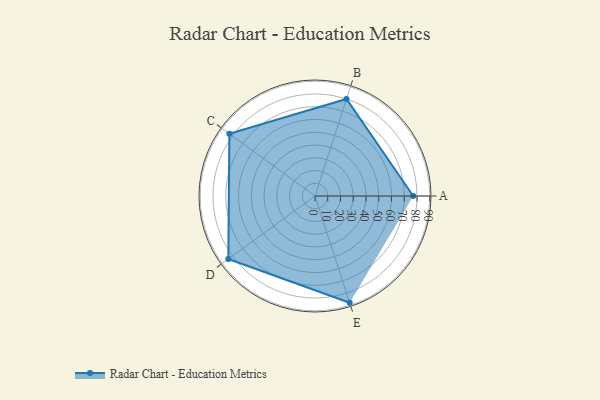
{"axis": {"x": "Skill", "y": "Score"}, "legend": ["Profile"], "data": [{"x": "A", "y": 77.0, "type": "Profile"}, {"x": "B", "y": 80.0, "type": "Profile"}, {"x": "C", "y": 83.0, "type": "Profile"}, {"x": "D", "y": 84.0, "type": "Profile"}, {"x": "E", "y": 88.0, "type": "Profile"}]}